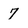
Character: 7